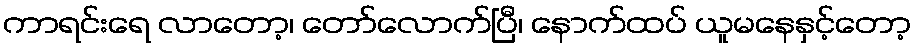
ကာရင်းရေ လာတော့၊ တော်လောက်ပြီ၊ နောက်ထပ် ယူမနေနှင့်တော့